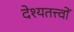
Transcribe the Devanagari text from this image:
देश्यतत्त्वों